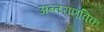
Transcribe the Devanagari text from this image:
अन्तराणविक